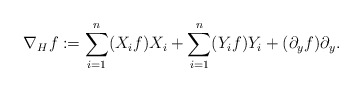
\begin{align*} \begin{aligned} \nabla _{H}f:=\sum_{i=1}^{n}(X_i f)X_i+\sum_{i=1}^{n}(Y_i f)Y_i+(\partial_y f) \partial_y . \end{aligned} \end{align*}